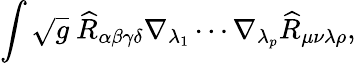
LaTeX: \int\sqrt{g}~\widehat{R}_{\alpha\beta\gamma\delta}\nabla_{\lambda_{1}}\cdots\nabla_{\lambda_{p}}\widehat{R}_{\mu\nu\lambda\rho},